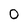
Character: 0